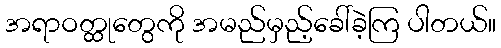
အရာဝတ္ထုတွေကို အမည်မှည့်ခေါ်ခဲ့ကြ ပါတယ်။